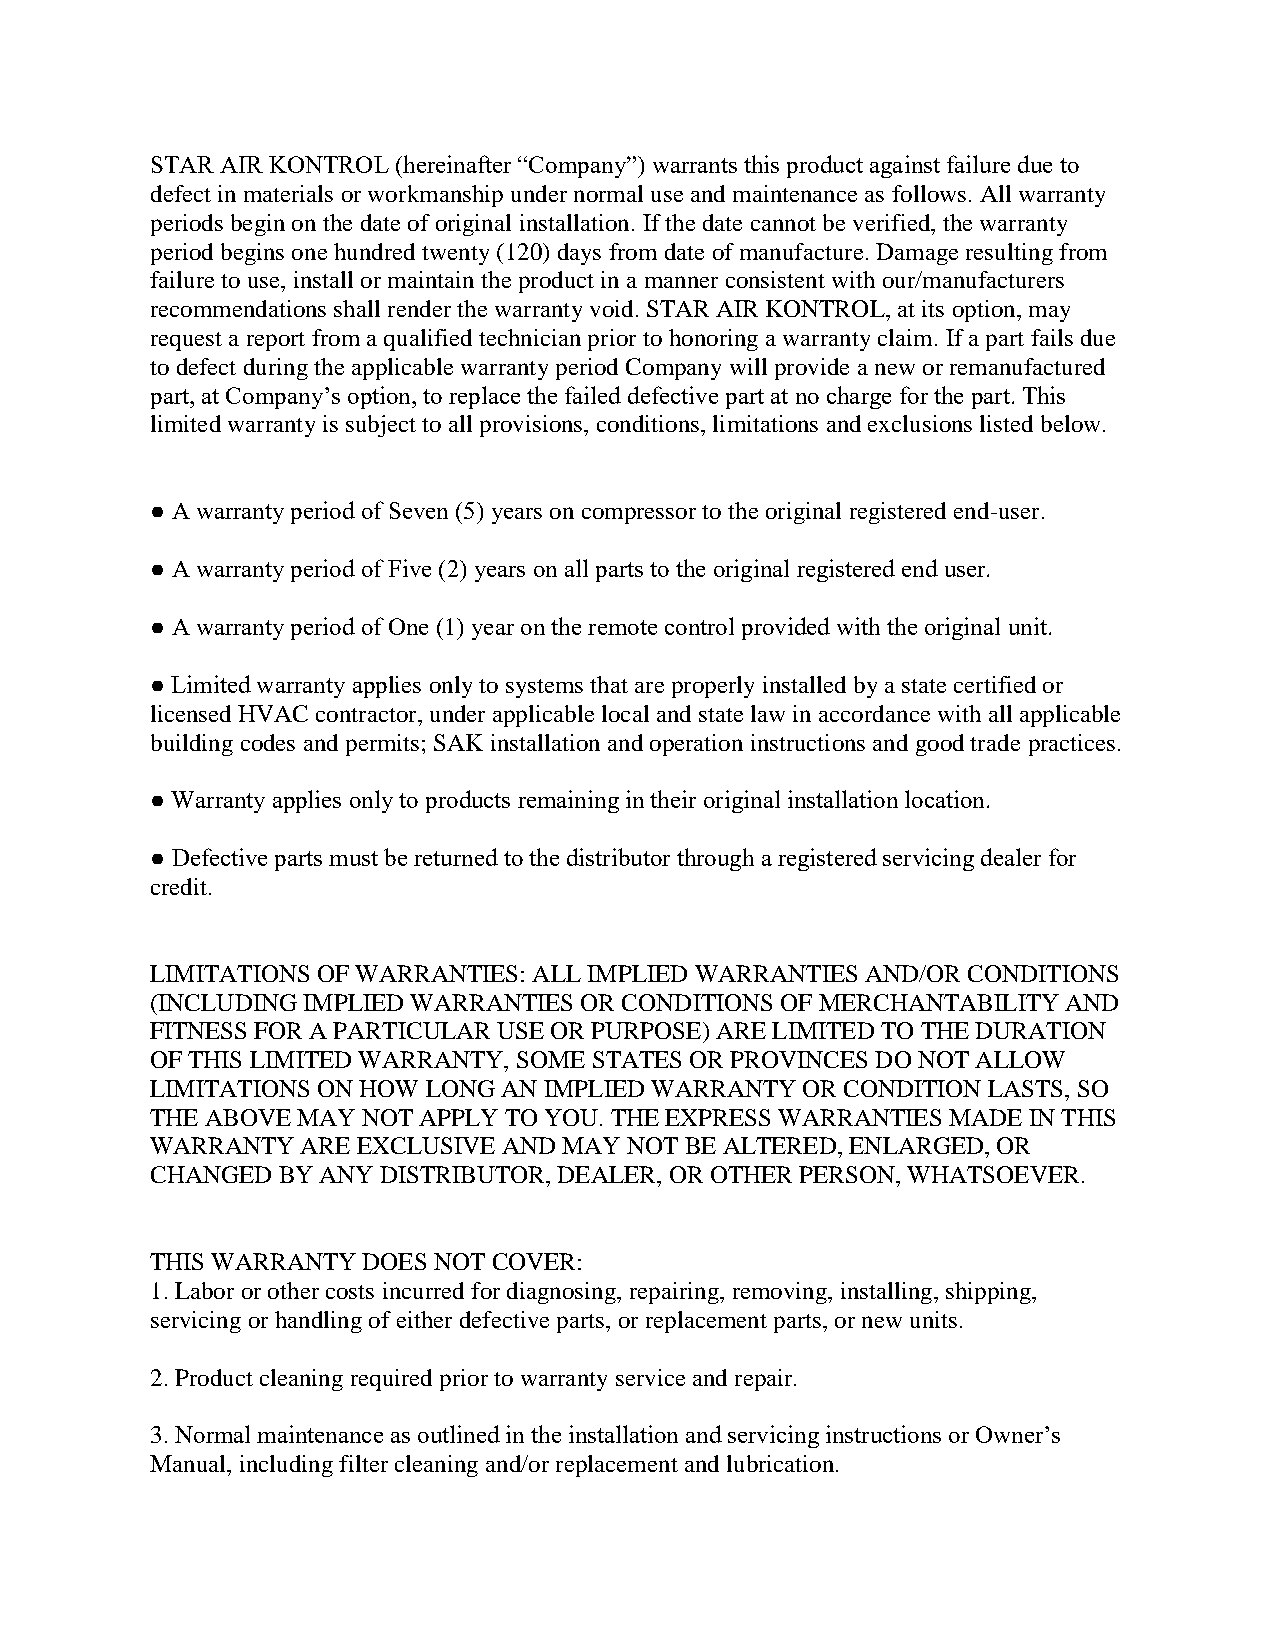
STAR AIR KONTROL (hereinafter “Company”) warrants this product against failure due to
 defect in materials or workmanship under normal use and maintenance as follows. All warranty
 periods begin on the date of original installation. If the date cannot be verified, the warranty
 period begins one hundred twenty (120) days from date of manufacture. Damage resulting from
 failure to use, install or maintain the product in a manner consistent with our/manufacturers
 recommendations shall render the warranty void. STAR AIR KONTROL, at its option, may
 request a report from a qualified technician prior to honoring a warranty claim. If a part fails due
 to defect during the applicable warranty period Company will provide a new or remanufactured
 part, at Company’s option, to replace the failed defective part at no charge for the part. This
 limited warranty is subject to all provisions, conditions, limitations and exclusions listed below.
 ● A warranty period of Seven (5) years on compressor to the original registered end-user.
 ● A warranty period of Five (2) years on all parts to the original registered end user.
 ● A warranty period of One (1) year on the remote control provided with the original unit.
 ● Limited warranty applies only to systems that are properly installed by a state certified or
 licensed HVAC contractor, under applicable local and state law in accordance with all applicable
 building codes and permits; SAK installation and operation instructions and good trade practices.
 ● Warranty applies only to products remaining in their original installation location.
 ● Defective parts must be returned to the distributor through a registered servicing dealer for
 credit.
 LIMITATIONS OF WARRANTIES: ALL IMPLIED WARRANTIES AND/OR CONDITIONS
 (INCLUDING IMPLIED WARRANTIES OR CONDITIONS OF MERCHANTABILITY AND
 FITNESS FOR A PARTICULAR USE OR PURPOSE) ARE LIMITED TO THE DURATION
 OF THIS LIMITED WARRANTY, SOME STATES OR PROVINCES DO NOT ALLOW
 LIMITATIONS ON HOW LONG AN IMPLIED WARRANTY OR CONDITION LASTS, SO
 THE ABOVE MAY NOT APPLY TO YOU. THE EXPRESS WARRANTIES MADE IN THIS
 WARRANTY  ARE EXCLUSIVE AND MAY NOT BE ALTERED, ENLARGED, OR
 CHANGED BY ANY DISTRIBUTOR, DEALER, OR OTHER PERSON, WHATSOEVER.
 THIS WARRANTY DOES NOT COVER:
 1. Labor or other costs incurred for diagnosing, repairing, removing, installing, shipping,
 servicing or handling of either defective parts, or replacement parts, or new units.
 2. Product cleaning required prior to warranty service and repair.
 3. Normal maintenance as outlined in the installation and servicing instructions or Owner’s
 Manual, including filter cleaning and/or replacement and lubrication.